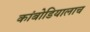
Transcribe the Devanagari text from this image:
कांबोडियालाच